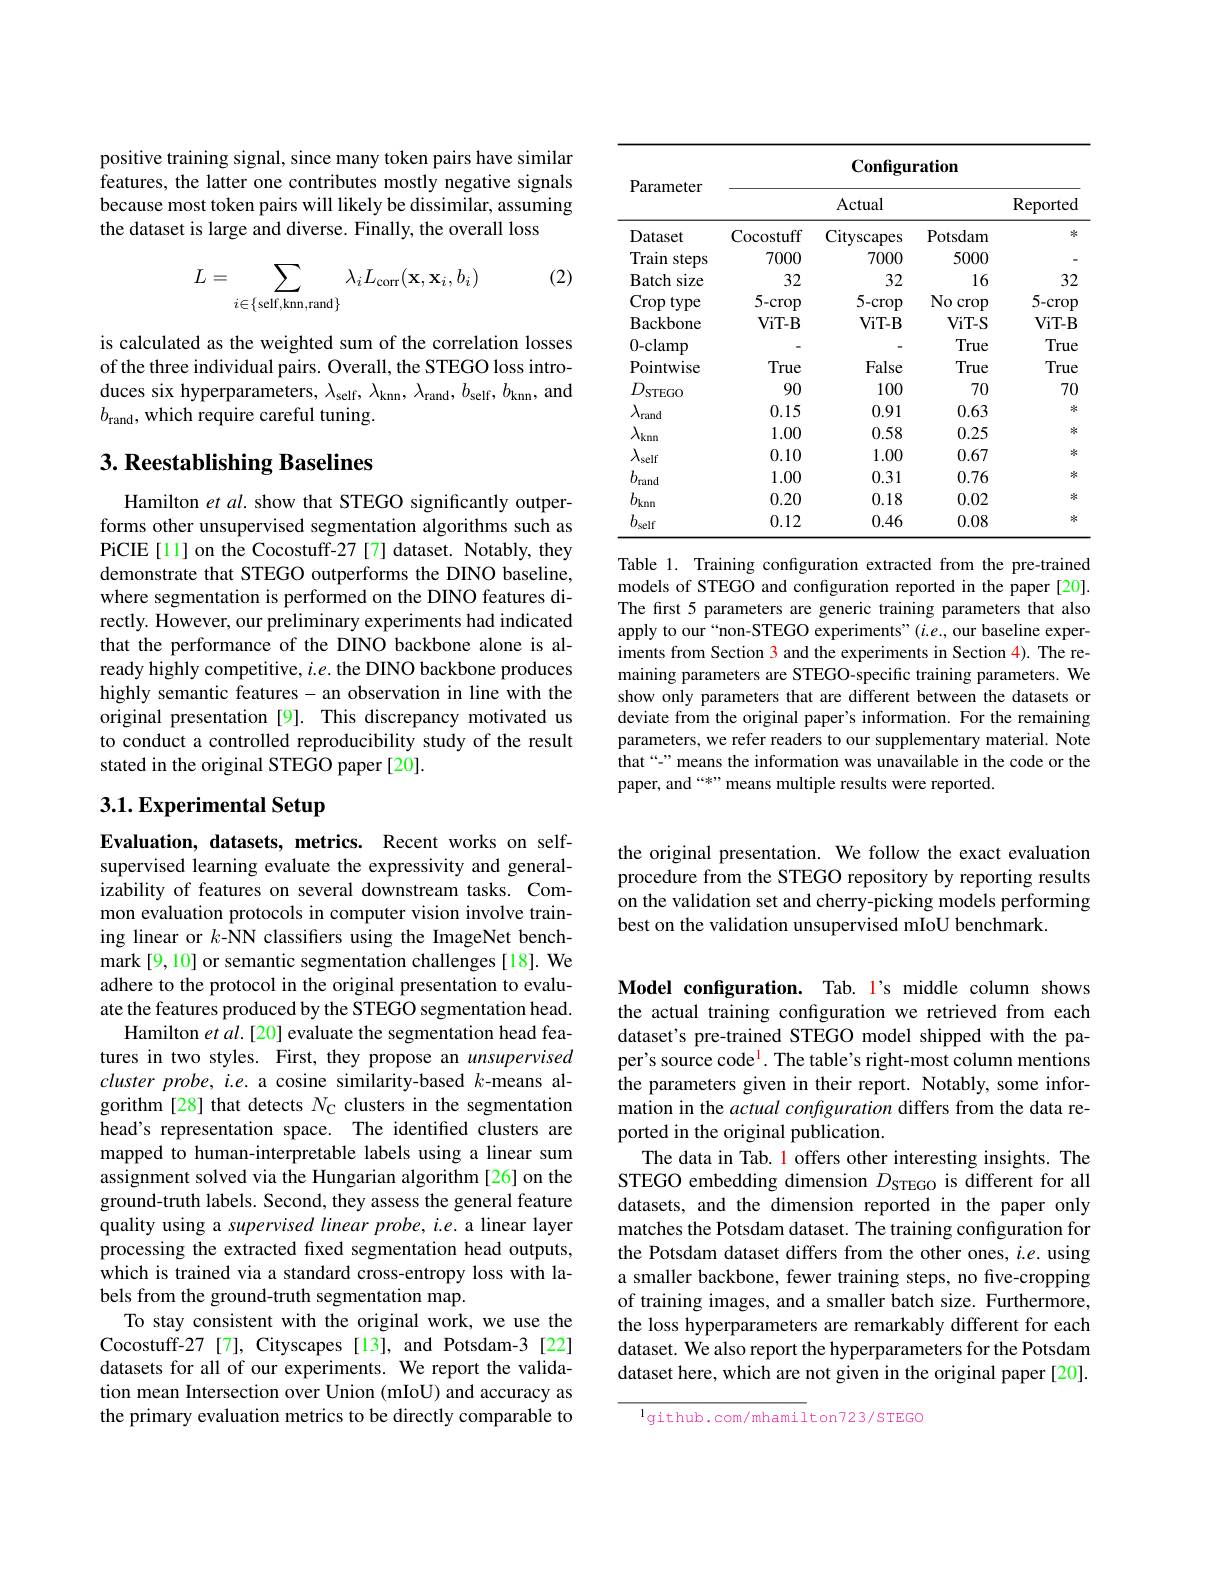
positive training signal, since many token pairs have similar features, the latter one contributes mostly negative signals because most token pairs will likely be dissimilar, assuming the dataset is large and diverse. Finally, the overall loss

(2)
$$L=\sum_{i\in\{\text{self,knn,rand}\}}\lambda_iL_\text{corr}(\mathbf{x},\mathbf{x}_i,b_i)$$
is calculated as the weighted sum of the correlation losses of the three individual pairs. Overall, the STEGO loss introduces six hyperparameters, $\lambda_\mathrm{self},\lambda_\mathrm{knn},\lambda_\mathrm{rand},b_\mathrm{self},b_\mathrm{knn}$, and $b_{\mathrm{rand}}$, which require careful tuning.

## $3. \textbf{ Reestablishing Baselines}$

Hamilton et al. show that STEGO significantly outperforms other unsupervised segmentation algorithms such as PiCIE[11] on the Cocostuff-27 [7] dataset. Notably, they demonstrate that STEGO outperforms the DINO baseline, where segmentation is performed on the DINO features directly. However, our preliminary experiments had indicated that the performance of the DINO backbone alone is already highly competitive, $i.e.$ the DINO backbone produces highly semantic features-an observation in line with the original presentation [9]. This discrepancy motivated us to conduct a controlled reproducibility study of the result stated in the original STEGO paper[20].

# 3.1. Experimental Setup

Evaluation, datasets, metrics. Recent works on selfsupervised learning evaluate the expressivity and generalizability of features on several downstream tasks. Common evaluation protocols in computer vision involve training linear or $k$-NN classifiers using the ImageNet benchmark [9,10] or semantic segmentation challenges [18]. We adhere to the protocol in the original presentation to evaluate the features produced by the STEGO segmentation head.
Hamilton et $al.[20]$ evaluate the segmentation head features in two styles. First, they propose an unsupervised cluster probe, i.e. a cosine similarity-based $k$-means algorithm [28] that detects $N_{\mathrm{C}}$ clusters in the segmentation head's representation space. The identified clusters are mapped to human-interpretable labels using a linear sum assignment solved via the Hungarian algorithm[26] on the ground-truth labels. Second, they assess the general feature quality using a supervised linear probe, i.e. a linear layer processing the extracted fixed segmentation head outputs, which is trained via a standard cross-entropy loss with labels from the ground-truth segmentation map.
To stay consistent with the original work, we use the Cocostuff-27[7], Cityscapes[13], and Potsdam-3[22] datasets for all of our experiments. We report the validation mean Intersection over Union (mIoU) and accuracy as the primary evaluation metrics to be directly comparable to

<table>
	<tbody>
		<tr>
			<th rowspan="2">Parameter</th>
			<th colspan="4">$\mathbf{Configuration}$</th>
		</tr>
		<tr>
			<th colspan="2">Actual</th>
			<th> </th>
			<th>Reported</th>
		</tr>
		<tr>
			<td>Dataset</td>
			<td>Cocostuff</td>
			<td>Cityscapes</td>
			<td>Potsdam</td>
			<td>$治$</td>
		</tr>
		<tr>
			<td>Train steps</td>
			<td>7000</td>
			<td>7000</td>
			<td>5000</td>
			<td> </td>
		</tr>
		<tr>
			<td>Batch size</td>
			<td>32</td>
			<td>32</td>
			<td>16</td>
			<td>32</td>
		</tr>
		<tr>
			<td>Crop type</td>
			<td>$5-crop$</td>
			<td>$5-crop$</td>
			<td>$No$ crop</td>
			<td>$5-crop$</td>
		</tr>
		<tr>
			<td>${\mathrm{Backbone}}$</td>
			<td>$ViT-B$</td>
			<td>$ViT-B$</td>
			<td>$ViT-S$</td>
			<td>$ViT-B$</td>
		</tr>
		<tr>
			<td>0-clamp</td>
			<td> </td>
			<td> </td>
			<td>True</td>
			<td>True</td>
		</tr>
		<tr>
			<td>Pointwise</td>
			<td>True</td>
			<td>False</td>
			<td>True</td>
			<td>True</td>
		</tr>
		<tr>
			<td>$D_{\mathrm{STEGO}}$ T</td>
			<td>90</td>
			<td>100</td>
			<td>70</td>
			<td>70</td>
		</tr>
		<tr>
			<td>$\lambda_{\mathrm{rand}}$</td>
			<td>0.15</td>
			<td>0.91</td>
			<td>0.63</td>
			<td>冰</td>
		</tr>
		<tr>
			<td>$\lambda_{\mathrm{knn}}$</td>
			<td>1.00</td>
			<td>0.58</td>
			<td>0.25</td>
			<td>冰</td>
		</tr>
		<tr>
			<td>$\lambda_{\mathrm{self}}$</td>
			<td>0.10</td>
			<td>1.00</td>
			<td>0.67</td>
			<td>冰</td>
		</tr>
		<tr>
			<td>$b_{\mathrm{rand}}$</td>
			<td>1.00</td>
			<td>0.31</td>
			<td>0.76</td>
			<td>冰</td>
		</tr>
		<tr>
			<td>$b_\mathrm{knn}$</td>
			<td>0.20</td>
			<td>0.18</td>
			<td>0.02</td>
			<td>冰</td>
		</tr>
		<tr>
			<td>$b_\mathrm{self}$</td>
			<td>0.12</td>
			<td>0.46</td>
			<td>0.08</td>
			<td>冰</td>
		</tr>
	</tbody>
</table>
Table 1. Training configuration extracted from the pre-trained

models of STEGO and configuration reported in the paper [20]. The first 5 parameters are generic training parameters that also apply to our“non-STEGO experiments”(i.e, our baseline experiments from Section 3 and the experiments in Section 4). The remaining parameters are STEGO-specific training parameters. We show only parameters that are different between the datasets or deviate from the original paper's information. For the remaining parameters, we refer readers to our supplementary material. Note that“-” means the information was unavailable in the code or the paper, and “*” means multiple results were reported.

the original presentation. We follow the exact evaluation procedure from the STEGO repository by reporting results on the validation set and cherry-picking models performing best on the validation unsupervised mIoU benchmark.

Model configuration. Tab. l's middle column shows the actual training confguration we retrieved from each dataset's pre-trained STEGO model shipped with the paper's source code$^{\mathrm{l}}$. The table's right-most column mentions the parameters given in their report. Notably, some information in the actual configuration differs from the data reported in the original publication.
The data in Tab. 1 offers other interesting insights. The STEGO embedding dimension $D_\mathrm{STEGO}$ is different for all datasets, and the dimension reported in the paper only matches the Potsdam dataset. The training configuration for the Potsdam dataset differs from the other ones, $i.e.$ using a smaller backbone, fewer training steps, no five-cropping of training images, and a smaller batch size. Furthermore, the loss hyperparameters are remarkably different for each dataset. We also report the hyperparameters for the Potsdam dataset here, which are not given in the original paper [20].

$^{1}$github.com/mhamilton723/STEGO